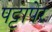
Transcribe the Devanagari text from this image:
पट्टापेर